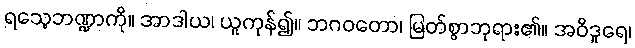
ရသေ့ဘဏ္ဍာကို။ အာဒါယ၊ ယူကုန်၍။ ဘဂဝတော၊ မြတ်စွာဘုရား၏။ အဝိဒူရေ၊